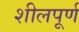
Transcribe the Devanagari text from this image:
शीलपूर्ण